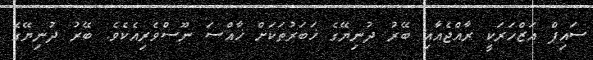
ސައިފް އަޒްހަރަކީ ރާއްޖެއާއި ބޭރު ދުނިޔޭގެ ޚަބަރުތަކަށް ޚާއްސަ ނޫސްވެރިއެކެވެ. ބޭރު ދުނިޔޭގެ